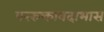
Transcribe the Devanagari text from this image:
पररुक्तावदाभास